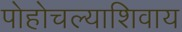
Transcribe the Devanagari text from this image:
पोहोचल्याशिवाय